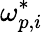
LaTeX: \omega_{p,i}^{*}